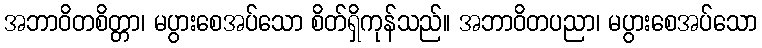
အဘာဝိတစိတ္တာ၊ မပွားစေအပ်သော စိတ်ရှိကုန်သည်။ အဘာဝိတပညာ၊ မပွားစေအပ်သော